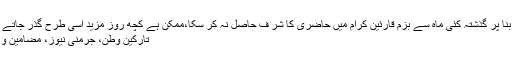
چند نا گزیر وجوہات اور نجی مصرویت کی بنا پر گذشتہ کئی ماہ سے بزم قارئین کرام میں حاضری کا شر ف حاصل نہ کر سکا،ممکن ہے کچھ روز مزید اسی طرح گذر جاتے مگر ایک ہفتہ قبل ذوالفقار علی بھٹو اور […]
تارکین وطن، جرمنی نیوز، مضامین و کالم، پاکستان نیوز Comments Off on ۔